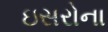
ઇસરોના